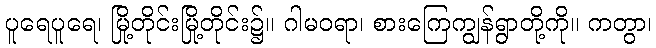
ပူရေပူရေ၊ မြို့တိုင်းမြို့တိုင်း၌။ ဂါမဝရာ၊ စားကြေကျွန်ရွာတို့ကို။ ကတွာ၊